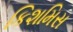
કિશમિસ